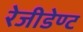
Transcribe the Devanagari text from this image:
रेजीडेण्ट